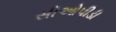
સીઓપીડી